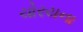
ચોરયના